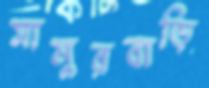
সামুরবাড়ি